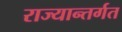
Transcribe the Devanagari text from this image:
राज्यान्तर्गत